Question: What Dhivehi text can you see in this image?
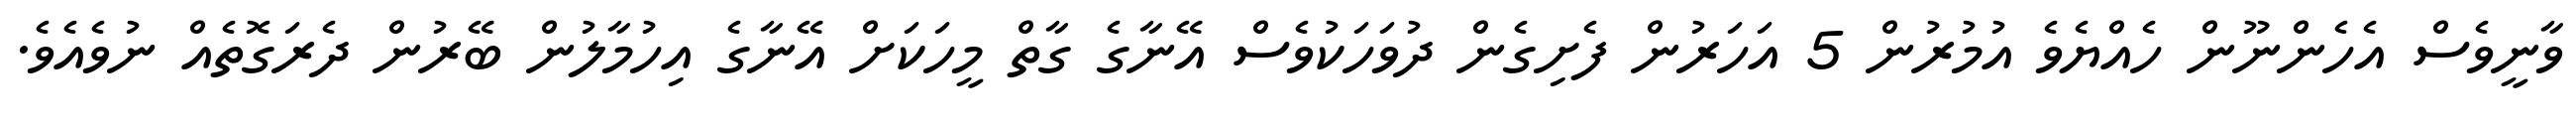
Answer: ވާނީވެސް އެހެންނޫން ހެއްޔެވެ އުމުރުން 5 އަހަރުން ފެށިގެން ދުވަހަކުވެސް އޭނާގެ ގާތް މީހަކަށް އޭނާގެ އިހުމާލުން ބޭރުން ދެރަގޮތެއް ނުވެއެވެ.